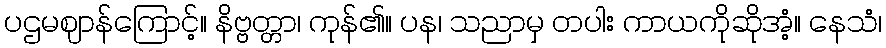
ပဌမဈာန်ကြောင့်။ နိဗ္ဗတ္တာ၊ ကုန်၏။ ပန၊ သညာမှ တပါး ကာယကိုဆိုအံ့။ နေသံ၊